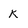
Character: K